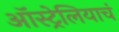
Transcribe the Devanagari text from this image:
ऑस्ट्रेलियाचं